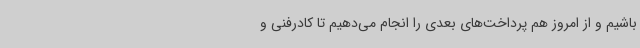
باشیم و از امروز هم پرداخت‌های بعدی را انجام می‌دهیم تا کادرفنی و